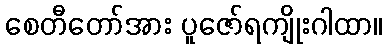
စေတီတော်အား ပူဇော်ရကျိုးဂါထာ။